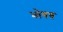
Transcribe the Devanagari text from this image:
भोगव